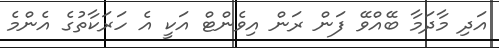
އަދި މާދަމާ ބޭއްވޭ ފަން ރަން އިވެންޓް އަކީ އެ ހަރަކާތުގެ އެންމެ